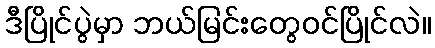
ဒီပြိုင်ပွဲမှာ ဘယ်မြင်းတွေဝင်ပြိုင်လဲ။